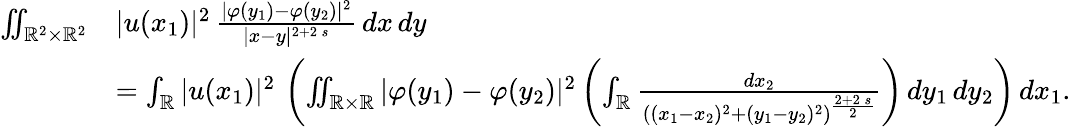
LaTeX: \begin{array}{rl}{\iint_{\mathbb{R}^{2}\times\mathbb{R}^{2}}}&{|u(x_{1})|^{2}\, \frac{|\varphi(y_{1})-\varphi(y_{2})|^{2}}{|x-y|^{2+2\, s}}\, dx\, dy}\\ &{=\int_{\mathbb{R}}|u(x_{1})|^{2}\, \left(\iint_{\mathbb{R}\times\mathbb{R}}|\varphi(y_{1})-\varphi(y_{2})|^{2}\left(\int_{\mathbb{R}}\frac{dx_{2}}{\left((x_{1}-x_{2})^{2}+(y_{1}-y_{2})^{2}\right)^{\frac{2+2\, s}{2}}}\right)\, dy_{1}\, dy_{2}\right)\, dx_{1}.}\end{array}